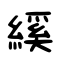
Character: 縘